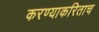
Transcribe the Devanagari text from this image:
करण्याकरिताच